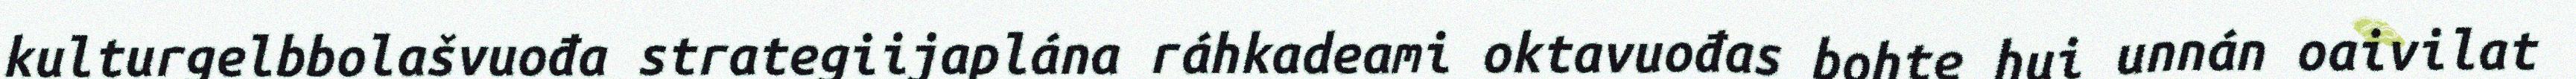
kulturgelbbolašvuođa strategiijaplána ráhkadeami oktavuođas bohte hui unnán oaivilat